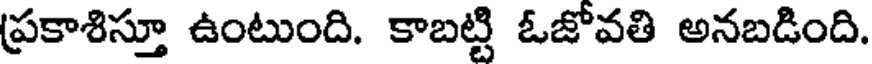
ప్రకాశిస్తూ ఉంటుంది. కాబట్టి ఓజోవతి అనబడింది.